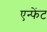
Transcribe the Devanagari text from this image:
एन्फेंट